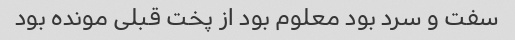
سفت و سرد بود معلوم بود از پخت قبلی مونده بود